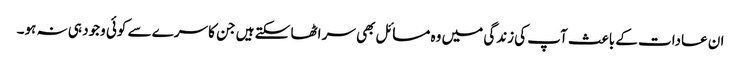
ان عادات کے باعث آپ کی زندگی میں وہ مسائل بھی سر اٹھا سکتے ہیں جن کا سرے سے کوئی وجود ہی نہ ہو۔